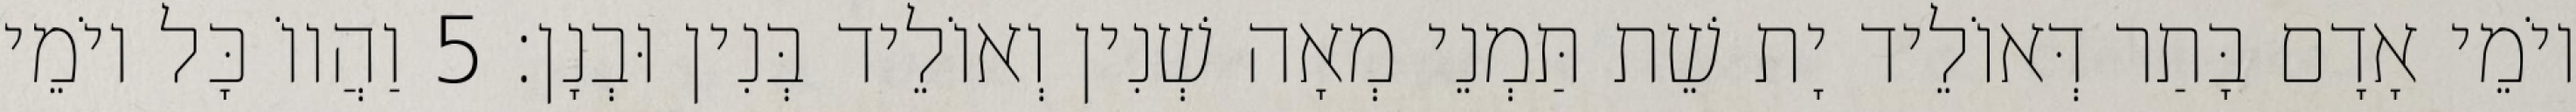
יוֹמֵי אָדָם בָּתַר דְּאוֹלֵיד יָת שֵׁת תַּמְנֵי מְאָה שְׁנִין וְאוֹלֵיד בְּנִין וּבְנָן׃ 5 וַהֲווֹ כָּל יוֹמֵי